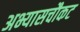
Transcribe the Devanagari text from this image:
अभ्यासचौकट